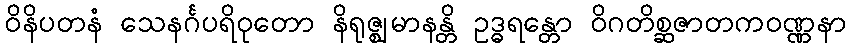
ဝိနိပတနံ သေနင်္ဂပရိဝုတော နိရုဇ္ဈမာနန္တိ ဥဒ္ဓရန္တော ဝိဂတိစ္ဆဇာတကဝဏ္ဏနာ